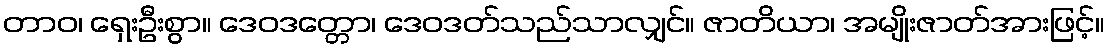
တာဝ၊ ရှေးဦးစွာ။ ဒေဝဒတ္တော၊ ဒေဝဒတ်သည်သာလျှင်။ ဇာတိယာ၊ အမျိုးဇာတ်အားဖြင့်။